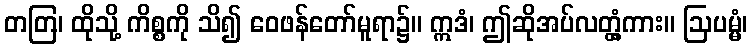
တတြ၊ ထိုသို့ ကိစ္စကို သိ၍ ဝေဖန်တော်မူရာ၌။ ဣဒံ၊ ဤဆိုအပ်လတ္တံ့ကား။ ဩပမ္မံ၊